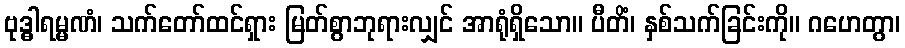
ဗုဒ္ဓါရမ္မဏံ၊ သက်တော်ထင်ရှား မြတ်စွာဘုရားလျှင် အာရုံရှိသော။ ပီတိံ၊ နှစ်သက်ခြင်းကို။ ဂဟေတွာ၊